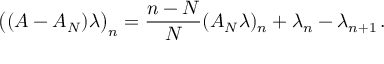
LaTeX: \bigl ( ( A - A _ { N } ) \lambda \bigr ) _ { n } = \frac { n - N } { N } ( A _ { N } \lambda ) _ { n } + \lambda _ { n } - \lambda _ { n + 1 } \, .